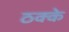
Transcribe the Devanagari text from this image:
ठक्के